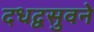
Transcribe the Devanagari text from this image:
दधद्वसुवने